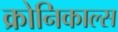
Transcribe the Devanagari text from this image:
क्रोनिकाल्स